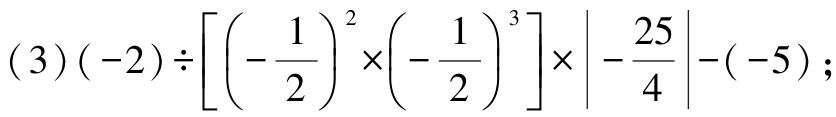
\((3)(-2)\div\left[\left(-\dfrac{1}{2}\right)^{2}\times\left(-\dfrac{1}{2}\right)^{3}\right]\times\left|-\dfrac{25}{4}\right|-(-5)\)